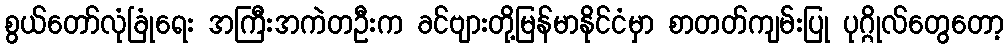
စွယ်တော်လုံခြုံရေး အကြီးအကဲတဦးက ခင်ဗျားတို့မြန်မာနိုင်ငံမှာ စာတတ်ကျမ်းပြု ပုဂ္ဂိုလ်တွေတော့